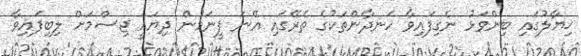
ޚިޔާލުގައި ބިންވަޅު ނެގިފައިވާ ހަނދާންތަކުގެ ތެރޭގައި އޭނަ ފީނަމުން ދިޔައީ ޖިސްމަށް ލިބިފައިވާ